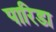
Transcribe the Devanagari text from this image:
पारिडा